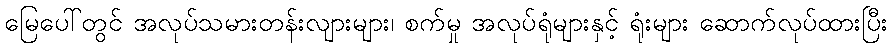
မြေပေါ်တွင် အလုပ်သမားတန်းလျားများ၊ စက်မှု အလုပ်ရုံများနှင့် ရုံးများ ဆောက်လုပ်ထားပြီး